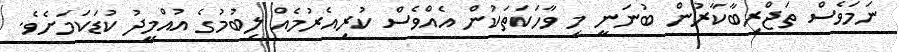
ނަމަވެސް ތަޖްރިބާކާރުން ބުނަނީ މި ވާހަކަތަކުން އެއްވެސް ކުރިއެރުމެއް ލިބުމުގެ އުއްމީދު ކުޑަކަމަށެވެ.